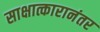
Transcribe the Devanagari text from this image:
साक्षात्कारानंतर